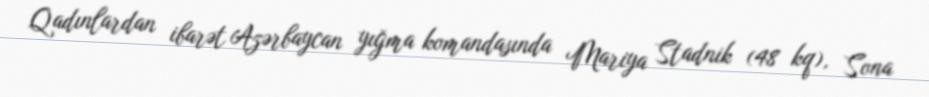
Qadınlardan ibarət Azərbaycan yığma komandasında Mariya Stadnik (48 kq), Sona